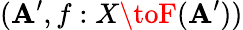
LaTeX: (\mathbf{A}^{\prime},f:X\toF(\mathbf{A}^{\prime}))